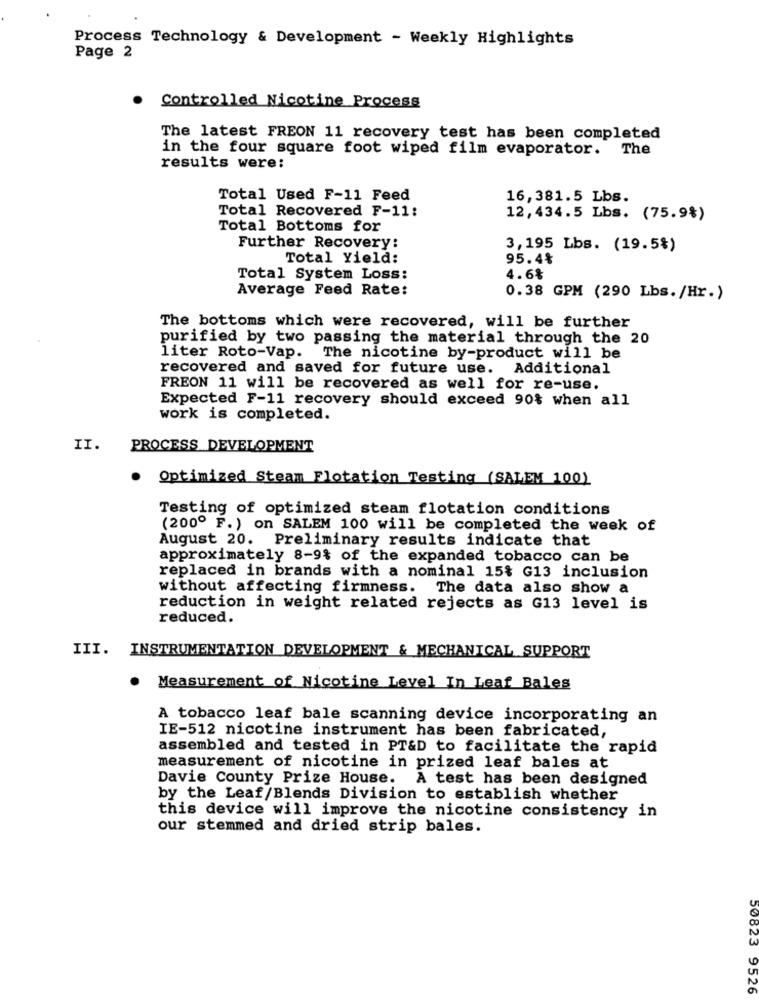
Process Technology & Development - Weekly Highlights
Page 2
.
Controlled Nicotine Process
The latest FREON 11 recovery test has been completed
in the four square foot wiped film evaporator. The
results were:
Total Used F-11 Feed
16,381.5 Lbs.
Total Recovered F-11:
12,434.5 Lbs. (75.9%)
Total Bottoms for
Further Recovery:
3,195 Lbs. (19.5%)
Total Yield:
95.4%
Total System Loss:
4.6%
Average Feed Rate:
0.38 GPM (290 Lbs. /Hr.)
The bottoms which were recovered, will be further
purified by two passing the material through the 20
liter Roto-Vap. The nicotine by-product will be
recovered and saved for future use. Additional
FREON 11 will be recovered as well for re-use.
Expected F-11 recovery should exceed 90% when all
work is completed.
II.
PROCESS DEVELOPMENT
Optimized Steam Flotation Testing (SALEM 100)
Testing of optimized steam flotation conditions
(200º F. ) on SALEM 100 will be completed the week of
August 20. Preliminary results indicate that
approximately 8-9% of the expanded tobacco can be
replaced in brands with a nominal 15% G13 inclusion
without affecting firmness. The data also show a
reduction in weight related rejects as G13 level is
reduced.
III. INSTRUMENTATION DEVELOPMENT & MECHANICAL SUPPORT
.
Measurement of Nicotine Level In Leaf Bales
A tobacco leaf bale scanning device incorporating an
IE-512 nicotine instrument has been fabricated,
assembled and tested in PT&D to facilitate the rapid
measurement of nicotine in prized leaf bales at
Davie County Prize House. A test has been designed
by the Leaf/Blends Division to establish whether
this device will improve the nicotine consistency in
our stemmed and dried strip bales.
0823 9526